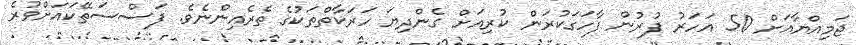
ޖަމިއްޔާއަށް 50 އަހަރު ފުރުން ފާހަގަކުރަން ކުރިއަށް ގެންދިޔަ ހަރަކާތްތަކުގެ ތެރެއިންނެވެ. ފަސްސަތޭކައަށްވުރެ